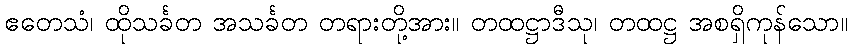
ဧတေသံ၊ ထိုသင်္ခတ အသင်္ခတ တရားတို့အား။ တထဋ္ဌာဒီသု၊ တထဋ္ဌ အစရှိကုန်သော။